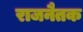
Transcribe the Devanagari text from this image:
राजनैतक